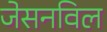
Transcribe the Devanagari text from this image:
जेसनविल